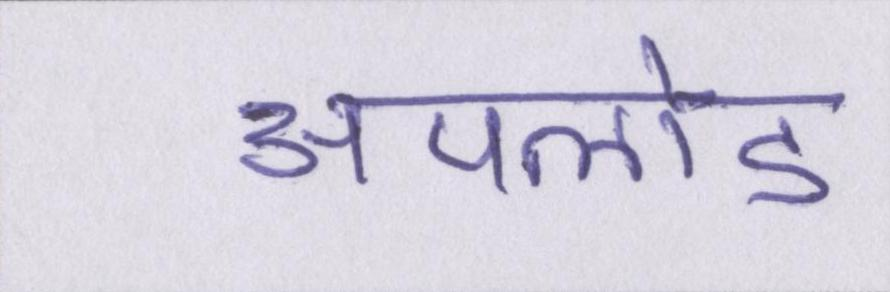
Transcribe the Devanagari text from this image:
अपलोड